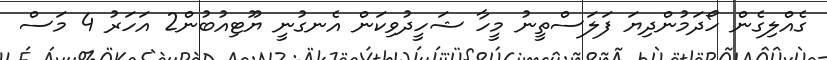
ގެއްލިގެން ހޯދަމުންދިޔަ ފަލަސްތީނު މީހާ ޝަހީދުވިކަން އެނގުނީ ޔޫޓިއުބުން2 އަހަރު 4 މަސް